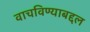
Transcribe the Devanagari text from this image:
वाचविण्याबद्दल